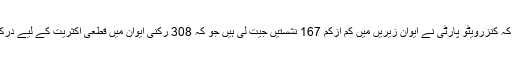
ابتدائی نتائج سے ظاہر ہوا ہے کہ کنزرویٹو پارٹی نے ایوان زیریں میں کم ازکم 167 نشستیں جیت لی ہیں جو کہ 308 رکنی ایوان میں قطعی اکثریت کے لیے درکار 155 سیٹوں سے زیادہ ہیں۔